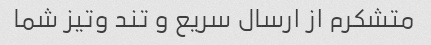
متشکرم از ارسال سریع و تند وتیز شما